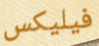
فيليكس